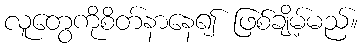
လူတွေကိုစိတ်နာနေ၍ ဖြစ်ချိမ့်မည်။